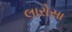
લારોસા